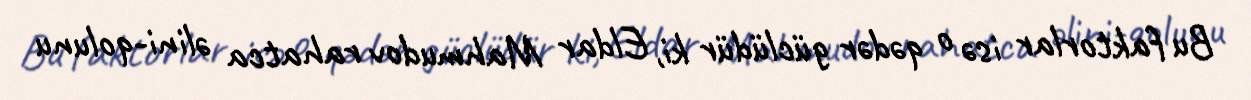
Bu faktorlar isə o qədər güclüdür ki, Eldar Mahmudov rahatca əlini-qolunu